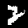
Digit: 2